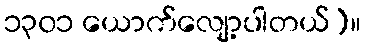
၁၃၀၁ ယောက်လျော့ပါတယ်)။